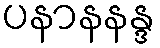
ပနာနနန္ဒ